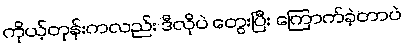
ကိုယ့်တုန်းကလည်း ဒီလိုပဲ တွေးပြီး ကြောက်ခဲ့တာပဲ